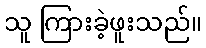
သူ ကြားခဲ့ဖူးသည်။